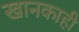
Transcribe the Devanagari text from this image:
खानकाही